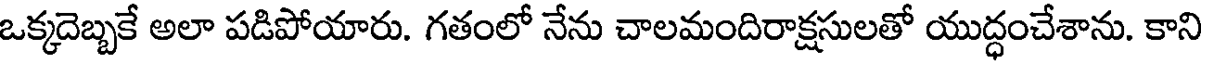
ఒక్కదెబ్బకే అలా పడిపోయారు. గతంలో నేను చాలమందిరాక్షసులతో యుద్ధంచేశాను. కాని